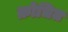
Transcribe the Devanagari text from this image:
क्रोधित